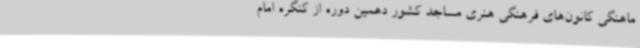
ماهنگی کانون‌های فرهنگی هنری مساجد کشور دهمین دوره از کنگره امام